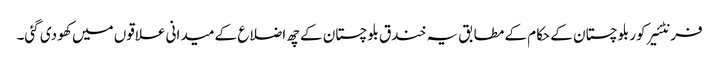
فرنٹئیر کور بلوچستان کے حکام کے مطابق یہ خندق بلوچستان کے چھ اضلاع کے میدانی علاقوں میں کھو دی گئی۔